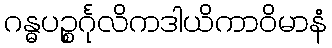
ဂန္ဓပဉ္စင်္ဂုလိကဒါယိကာဝိမာနံ